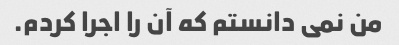
من نمی دانستم که آن را اجرا کردم.